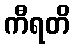
ကီရတိ